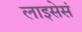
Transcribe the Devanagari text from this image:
लाइसेसं